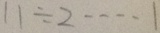
1 1 \div 2 \cdots 1